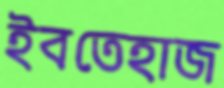
ইবতেহাজ